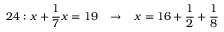
2 4 : x + { \frac { 1 } { 7 } } x = 1 9 \; \; \; \rightarrow \; \; \; x = 1 6 + { \frac { 1 } { 2 } } + { \frac { 1 } { 8 } }